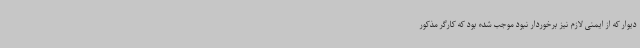
دیوار که از ایمنی لازم نیز برخوردار نبود موجب شده بود که کارگر مذکور